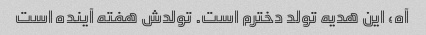
آه، این هدیه تولد دخترم است. تولدش هفته آینده است